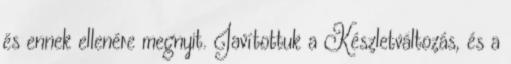
és ennek ellenére megnyit. Javítottuk a Készletváltozás, és a